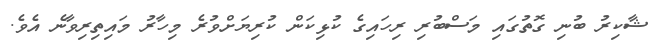
ޝާކިރު ބުނި ގޮތުގައި މަސްބުރި ރިހައިގެ ކުޅިކަން ކުރިޔަށްވުރެ މިހާރު މައިތިރިވާނެ އެވެ.